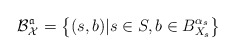
\begin{align*}\mathcal B_{\mathcal X}^{\mathfrak a} = \left \{(s, b) | s \in S, b \in B_{X_s}^{\alpha_s}\right \}\end{align*}